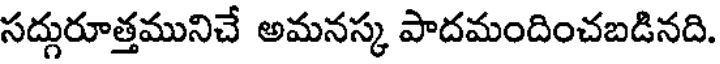
సద్గురూత్తమునిచే అమనస్క పాదమందించబడినది.